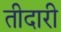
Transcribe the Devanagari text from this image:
तीदारी